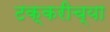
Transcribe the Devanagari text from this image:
टक्करीच्या